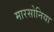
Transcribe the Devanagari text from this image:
मारसोनिया